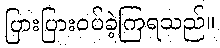
ပြားပြားဝပ်ခဲ့ကြရသည်။